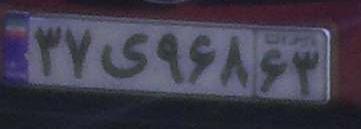
۳۷ی۹۶۸۶۳